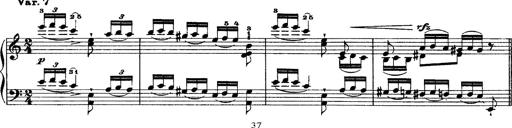
Title: Grandes Ã©tudes de Paganini
Composer: Franz Liszt